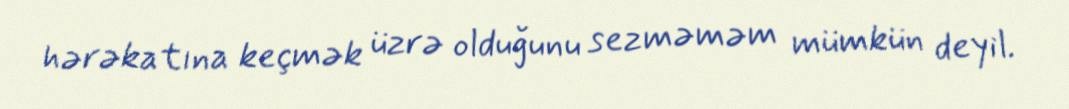
hərəkatına keçmək üzrə olduğunu sezməməm mümkün deyil.